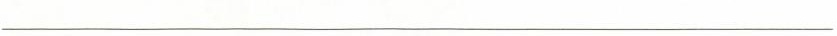
___